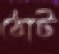
ঠোট